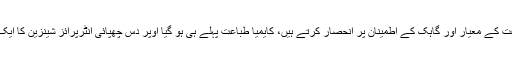
گزشتہ درجن سالوں کے دوران، تھک حضرت ابو طالب طباعت کے معیار اور گاہک کے اطمینان پر انحصار کرتے ہیں، کایمیا طباعت پہلے ہی ہو گیا اوپر دس چھپائی انٹرپرائز شینزین کا ایک سو ملین یوآن کی سالانہ پیداوار کے ساتھ میں سے ایک ہے ۔